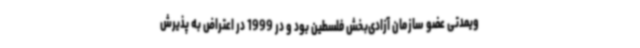
ویمدتی عضو سازمان آزادی‌بخش فلسطین بود و در 1999 در اعتراض به پذیرش